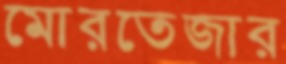
মোরতেজার